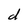
Character: d